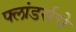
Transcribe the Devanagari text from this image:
फ्लांडर्सचे